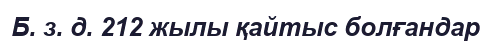
Б. з. д. 212 жылы қайтыс болғандар